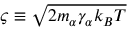
\varsigma \equiv \sqrt { 2 m _ { \alpha } \gamma _ { \alpha } k _ { B } T }